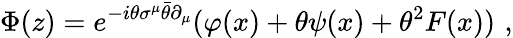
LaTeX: \Phi(z)=e^{-i\theta\sigma^{\mu}\bar{\theta}\partial_{\mu}}(\varphi(x)+\theta\psi(x)+\theta^{2}F(x))\, \, ,